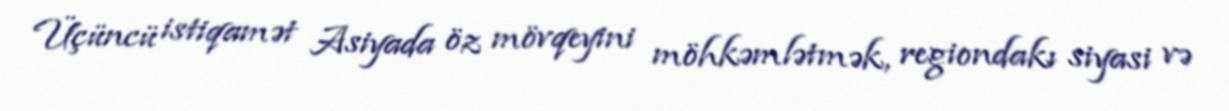
Üçüncü istiqamət Asiyada öz mövqeyini möhkəmlətmək, regiondakı siyasi və